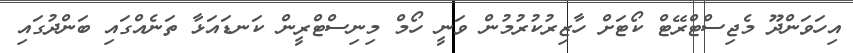
އިހަވަންދޫ މެޖިސްޓްރޭޓް ކޯޓަށް ހާޒިރުކުރުމުން ވަނީ ހޯމް މިނިސްޓްރީން ކަނޑައަޅާ ތަނެއްގައި ބަންދުގައި